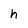
Character: h